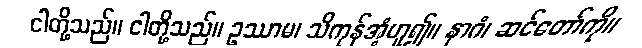
ငါတို့သည်။ ငါတို့သည်။ ဥဿာမ၊ သိကုန်အံ့ဟူ၍။ နာဂံ၊ ဆင်တော်ကို။